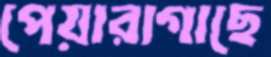
পেয়ারাগাছে